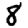
Digit: 8